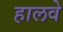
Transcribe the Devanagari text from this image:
हालवे